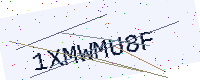
Text: 1XMWMU8F